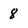
Character: 8